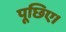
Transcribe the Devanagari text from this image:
पूछिए।